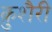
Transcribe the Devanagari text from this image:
क़ुशैरी